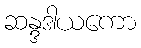
ဆန္ဒဒါယကော